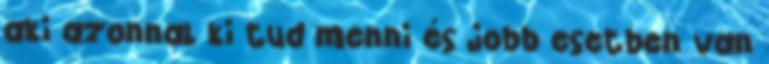
aki azonnal ki tud menni és jobb esetben van